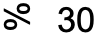
% 30